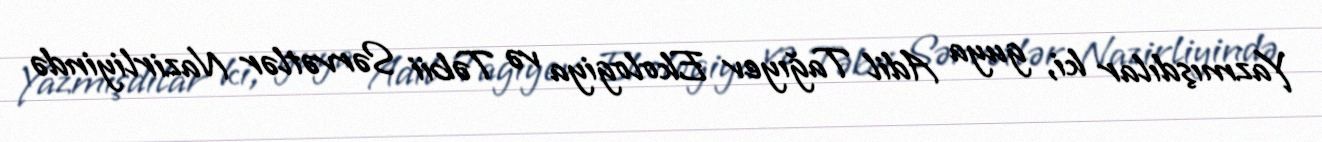
Yazmışdılar ki, guya Adil Tağıyev Ekologiya və Təbii Sərvətlər Nazirliyində